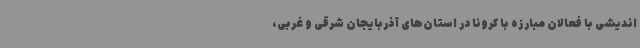
اندیشی با فعالان مبارزه با کرونا در استان‌های آذربایجان شرقی و غربی،